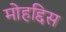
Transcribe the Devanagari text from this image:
मोहद्दिस